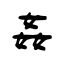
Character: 姦